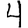
Digit: 4